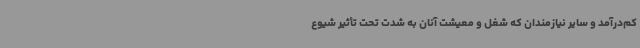
کم‌درآمد و سایر نیازمندان که شغل و معیشت آنان به شدت تحت تأثیر شیوع